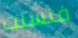
فنسنت